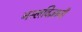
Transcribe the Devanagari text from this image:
नस्लविज्ञानी